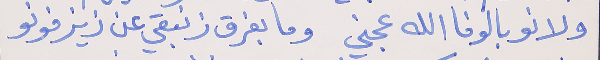
ولانو بالوفا الله عجني     وما بفرق زنبقي عن زيزفونو